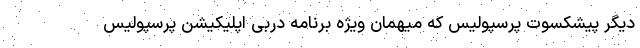
دیگر پیشکسوت پرسپولیس که میهمان ویژه برنامه دربی اپلیکیشن پرسپولیس